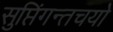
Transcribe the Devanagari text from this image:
सुप्तिंगन्तचयो